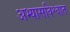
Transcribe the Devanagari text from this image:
अभ्यासविश्वात